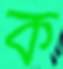
ক